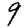
Digit: 9